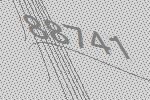
88741